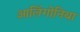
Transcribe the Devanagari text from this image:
आलिंगोनिया